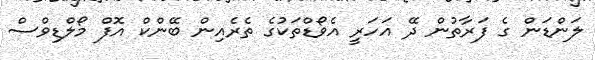
ލަންޑަން ގެ ފަރާތުން ދޭ އަހަރީ އެވޯޑްތަކުގެ ތެރެއިން ބޭންކް އޮފް މޯލްޑިވްސް